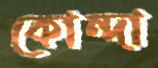
কোন্দা